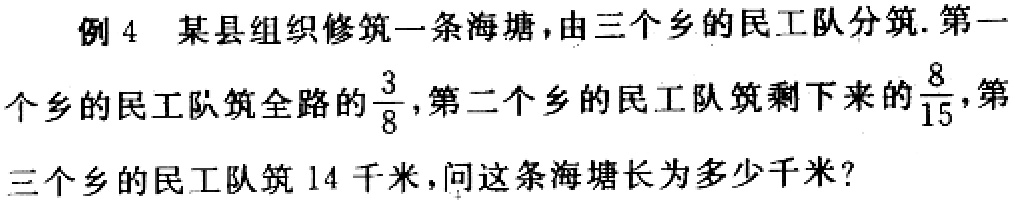
例 4 某县组织修筑一条海塘，由三个乡的民工队分筑. 第一个乡的民工队筑全路的$\frac{3}{8}$，第二个乡的民工队筑剩下来的$\frac{8}{15}$，第三个乡的民工队筑 14 千米，问这条海塘长为多少千米？